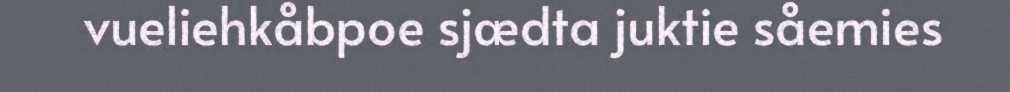
vueliehkåbpoe sjædta juktie såemies